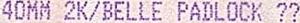
40MM 2K/BELLE PADLOCK ??